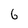
Character: 6